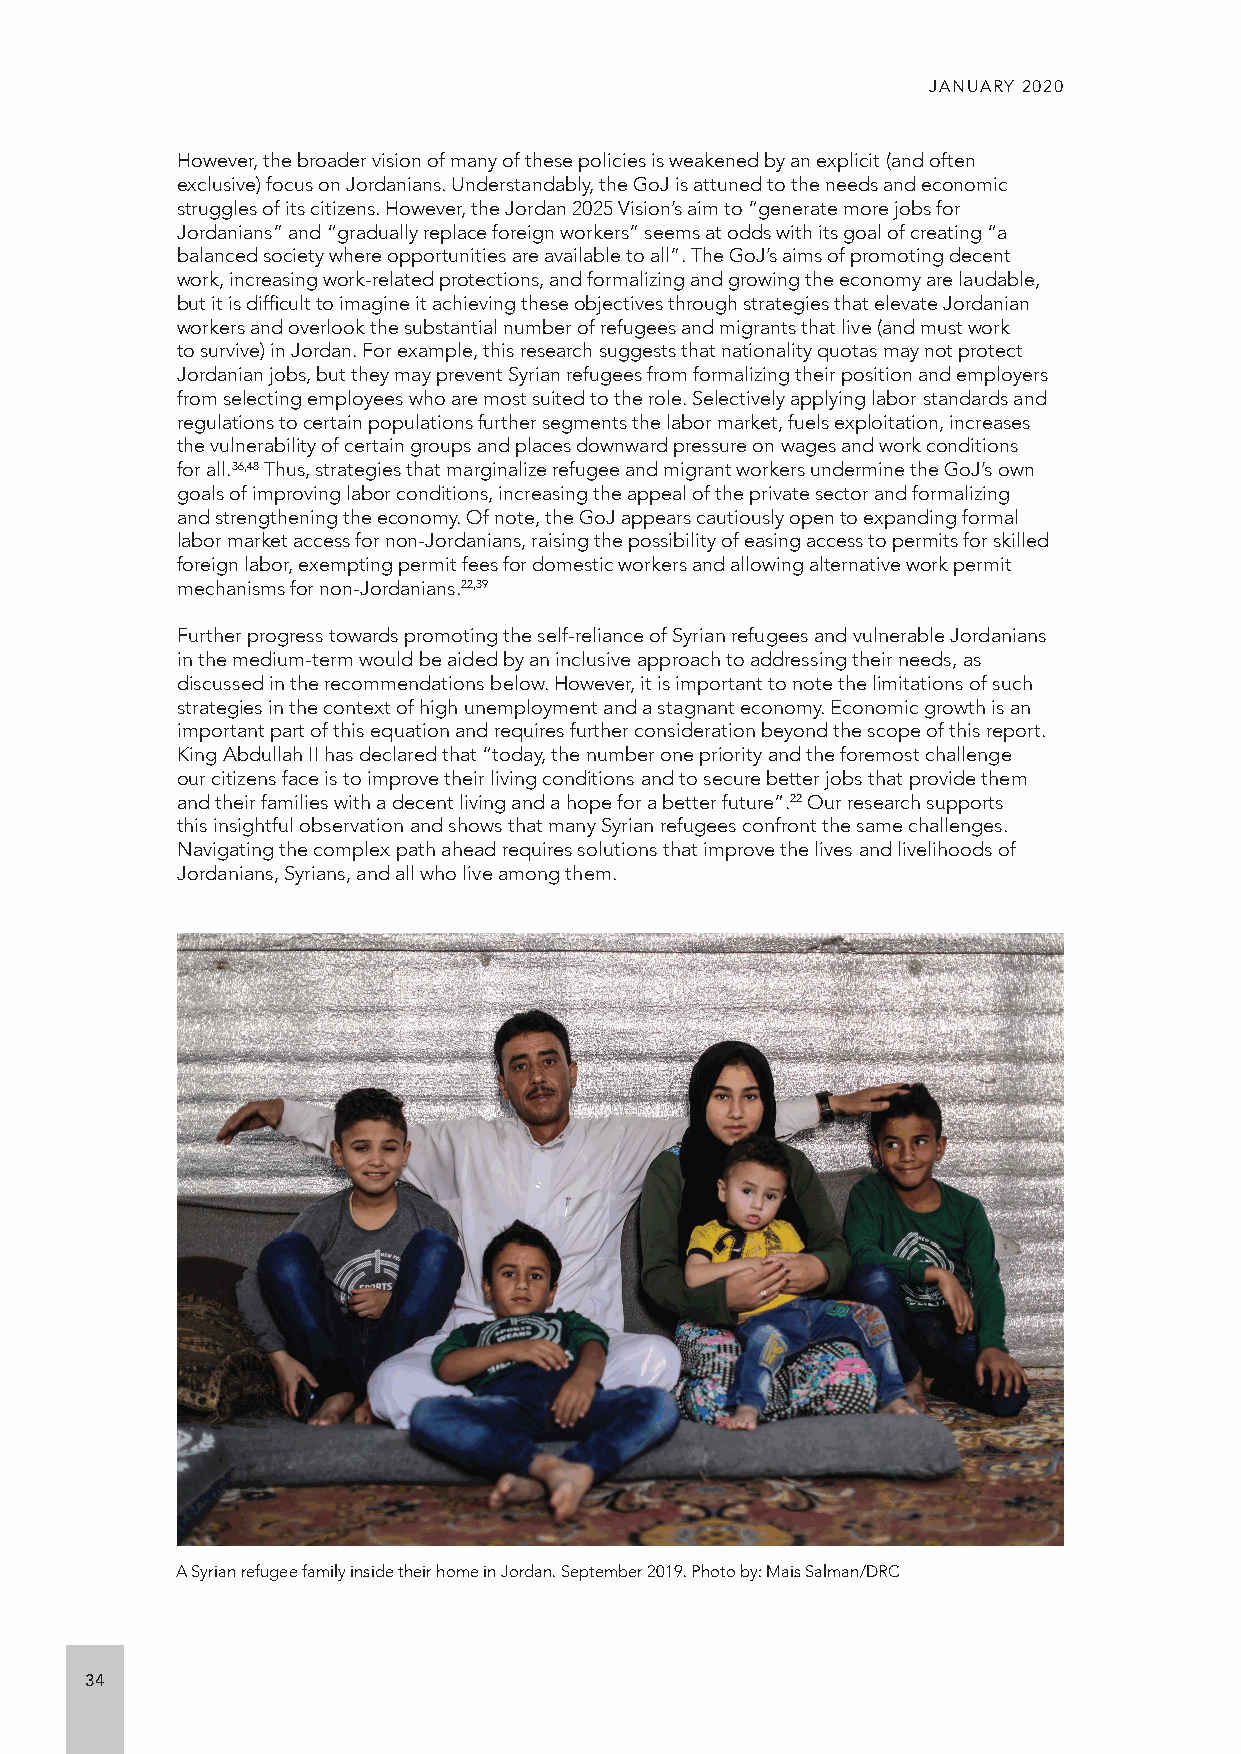
JANUARY 2020
 However, the broader vision of many of these policies is weakened by an explicit (and often
 exclusive) focus on Jordanians. Understandably, the GoJ is attuned to the needs and economic
 struggles of its citizens. However, the Jordan 2025 Vision’s aim to “generate more jobs for
 Jordanians” and “gradually replace foreign workers” seems at odds with its goal of creating “a
 balanced society where opportunities are available to all”. The GoJ’s aims of promoting decent
 work, increasing work-related protections, and formalizing and growing the economy are laudable,
 but it is difficult to imagine it achieving these objectives through strategies that elevate Jordanian
 workers and overlook the substantial number of refugees and migrants that live (and must work
 to survive) in Jordan. For example, this research suggests that nationality quotas may not protect
 Jordanian jobs, but they may prevent Syrian refugees from formalizing their position and employers
 from selecting employees who are most suited to the role. Selectively applying labor standards and
 regulations to certain populations further segments the labor market, fuels exploitation, increases
 the vulnerability of certain groups and places downward pressure on wages and work conditions
 for all.36,48 Thus, strategies that marginalize refugee and migrant workers undermine the GoJ’s own
 goals of improving labor conditions, increasing the appeal of the private sector and formalizing
 and strengthening the economy. Of note, the GoJ appears cautiously open to expanding formal
 labor market access for non-Jordanians, raising the possibility of easing access to permits for skilled
 foreign labor, exempting permit fees for domestic workers and allowing alternative work permit
 mechanisms for non-Jordanians.22,39
 Further progress towards promoting the self-reliance of Syrian refugees and vulnerable Jordanians
 in the medium-term would be aided by an inclusive approach to addressing their needs, as
 discussed in the recommendations below. However, it is important to note the limitations of such
 strategies in the context of high unemployment and a stagnant economy. Economic growth is an
 important part of this equation and requires further consideration beyond the scope of this report.
 King Abdullah II has declared that “today, the number one priority and the foremost challenge
 our citizens face is to improve their living conditions and to secure better jobs that provide them
 and their families with a decent living and a hope for a better future”.22 Our research supports
 this insightful observation and shows that many Syrian refugees confront the same challenges.
 Navigating the complex path ahead requires solutions that improve the lives and livelihoods of
 Jordanians, Syrians, and all who live among them.
 A Syrian refugee family inside their home in Jordan. September 2019. Photo by: Mais Salman/DRC
 34